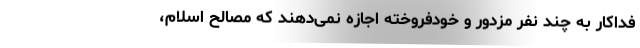
فداكار به چند نفر مزدور و خودفروخته اجازه نمى‌دهند كه مصالح اسلام،